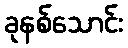
ခုနစ်သောင်း